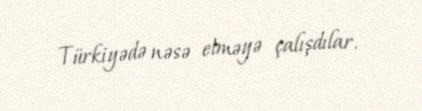
Türkiyədə nəsə etməyə çalışdılar.